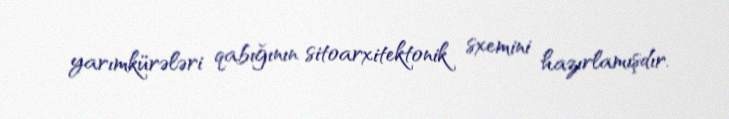
yarımkürələri qabığının sitoarxitektonik sxemini hazırlamışdır.